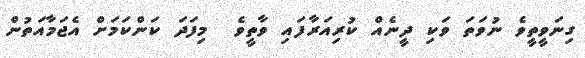
ގިނަވީތީވެ ނުވަތަ ވަކި ދީނެއް ކުރިއަރާފައި ވާތީވެ  މިފަދަ ކަންކަމަށް އެޖަމާއަތުން